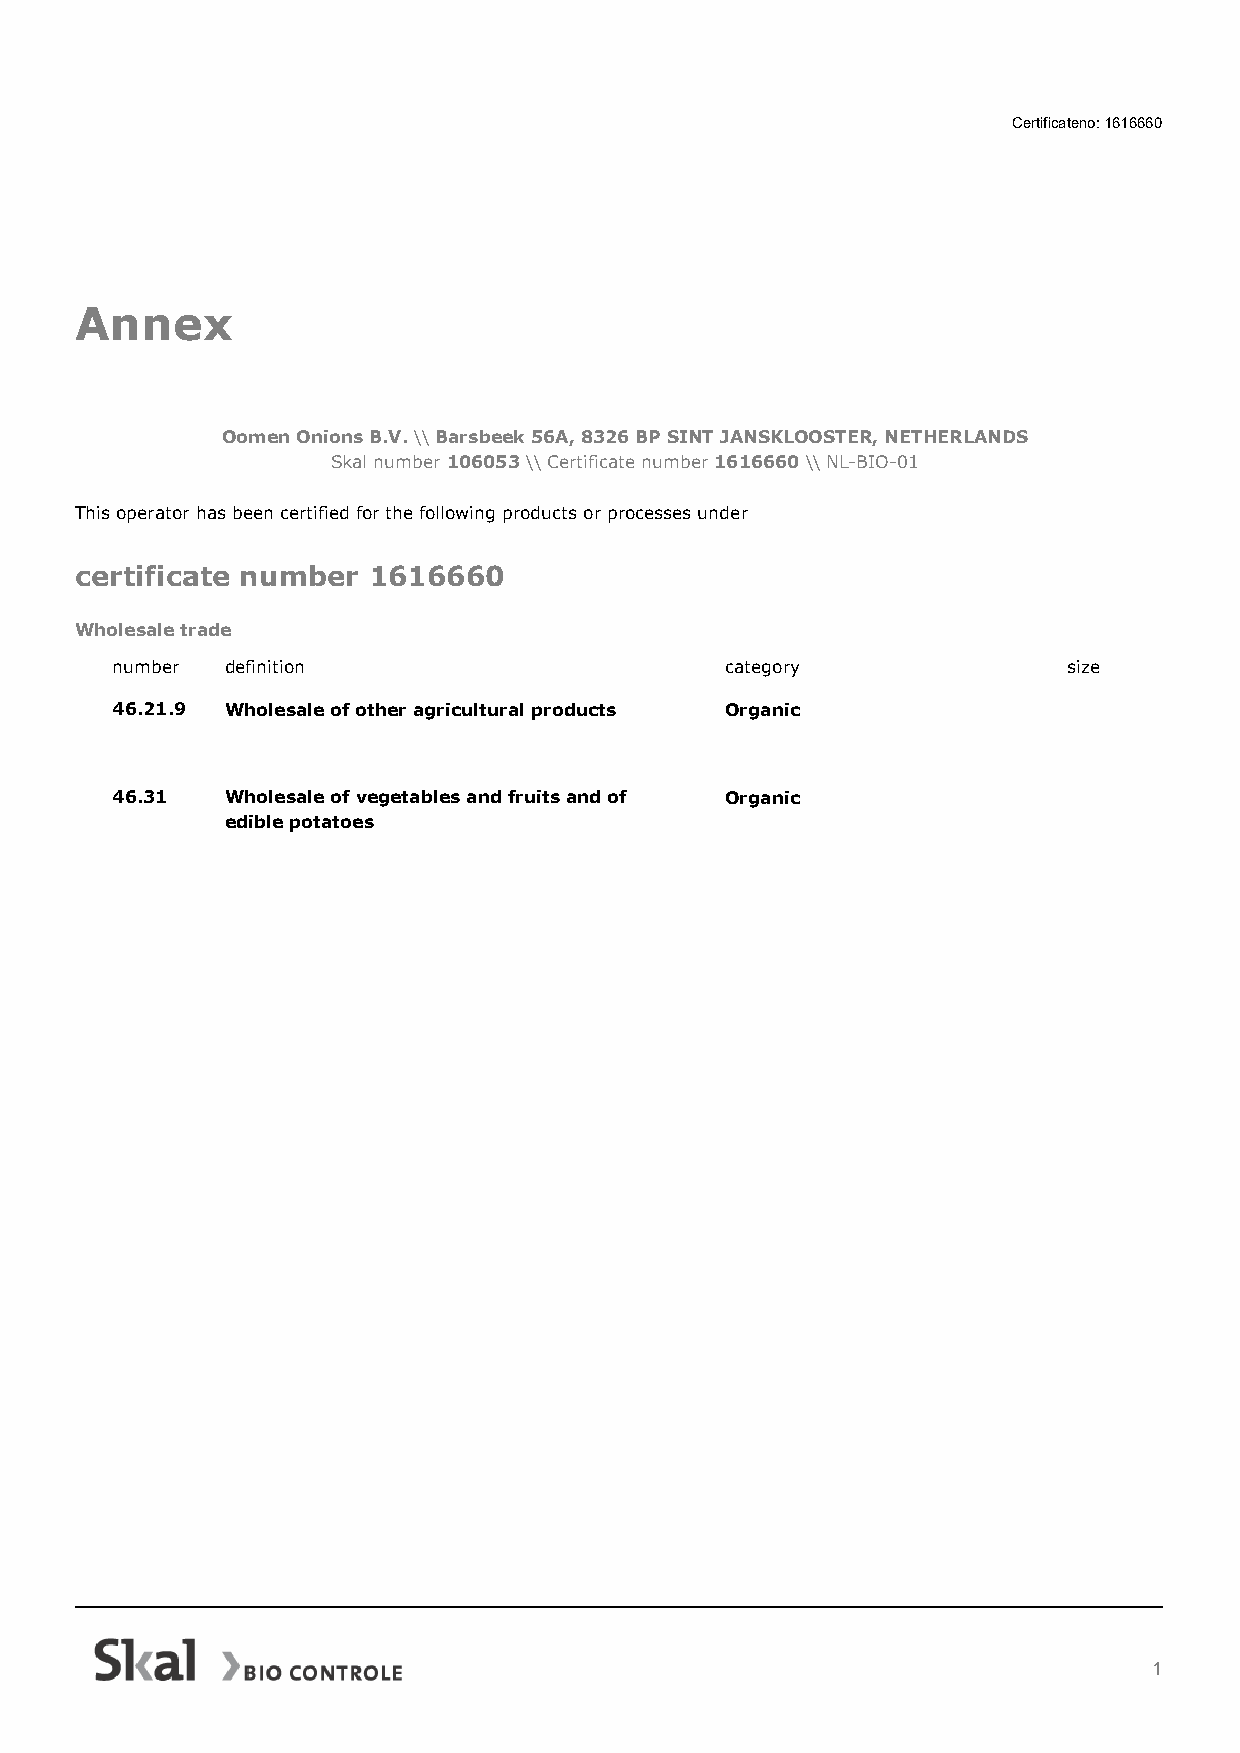
Certificateno: 1616660
 Annex
 Oomen Onions B.V. \\ Barsbeek 56A, 8326 BP SINT JANSKLOOSTER, NETHERLANDS
 Skal number 106053 \\ Certificate number 1616660 \\ NL-BIO-01
 This operator has been certified for the following products or processes under
 certificate number 1616660
 Wholesale trade
 number  definition                       category               size
 46.21.9 Wholesale of other agricultural products Organic
 46.31   Wholesale of vegetables and fruits and of Organic
 edible potatoes
 1